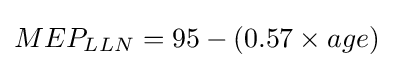
MEP_{LLN}=95-(0.57\times age)